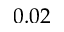
0 . 0 2